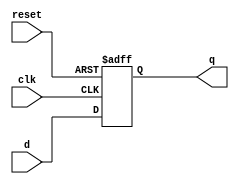
module flip_flop(
    input clk,
    input reset,
    input d,
    output reg q
);

always @(posedge clk or posedge reset)
begin
    if (reset)
        q <= 1'b0;
    else
        q <= d;
end

endmodule